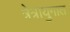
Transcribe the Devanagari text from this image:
त्रेत्रायुगात